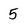
Character: 5